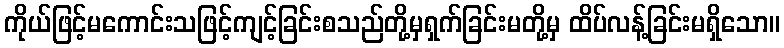
ကိုယ်ဖြင့်မကောင်းသဖြင့်ကျင့်ခြင်းစသည်တို့မှရှက်ခြင်းမတို့မှ ထိပ်လန့်ခြင်းမရှိသော။